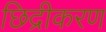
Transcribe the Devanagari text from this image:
छिद्रीकरण